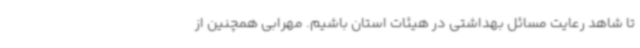
تا شاهد رعایت مسائل بهداشتی در هیئات استان باشیم. مهرابی همچنین از